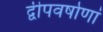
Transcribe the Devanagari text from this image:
द्वीपवर्षाणां